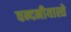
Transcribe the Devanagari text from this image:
वन्दनीयास्ते